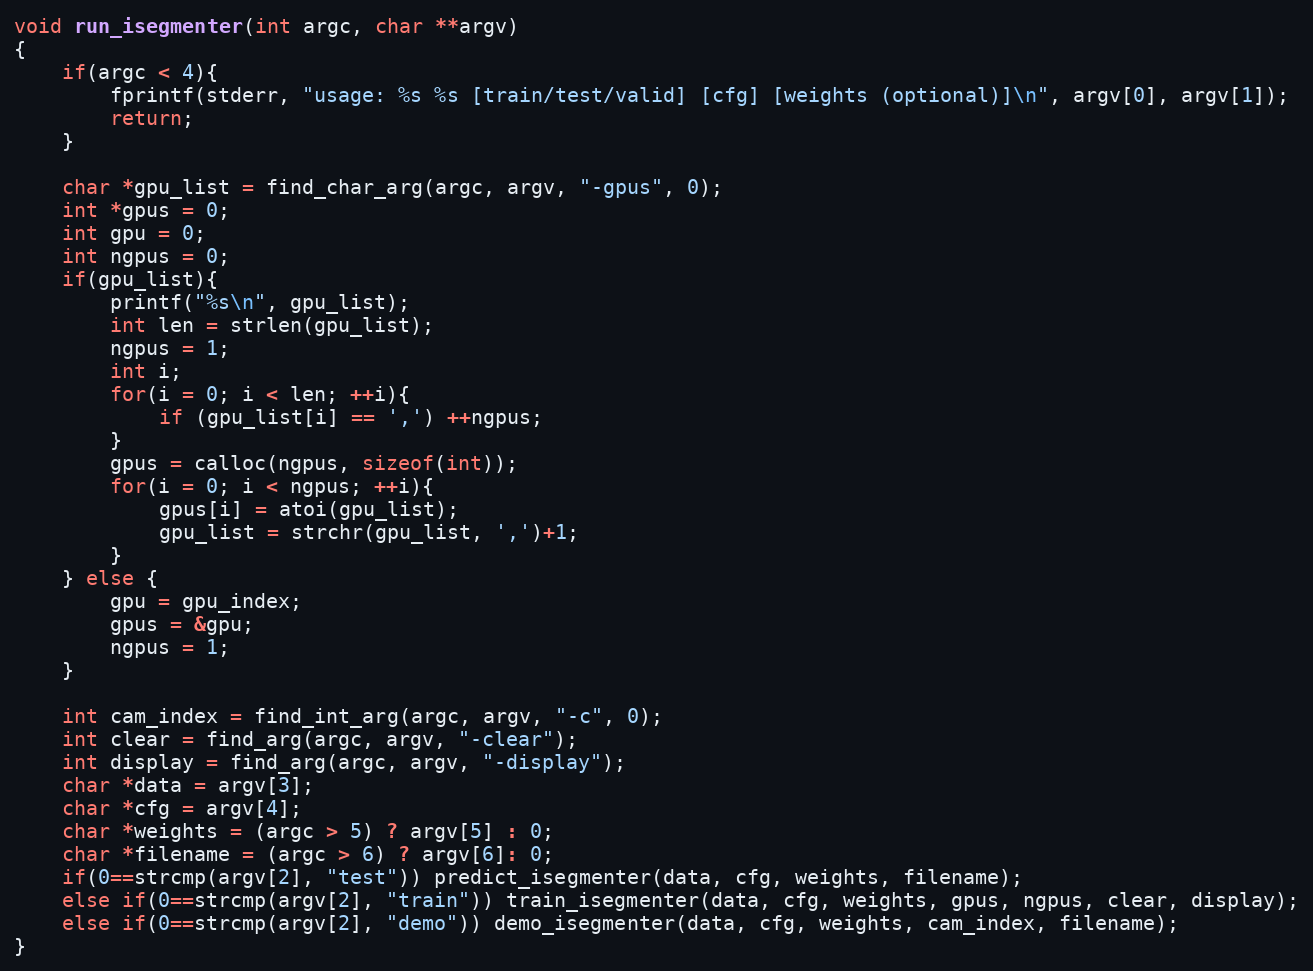
Language: C
void run_isegmenter(int argc, char **argv)
{
    if(argc < 4){
        fprintf(stderr, "usage: %s %s [train/test/valid] [cfg] [weights (optional)]\n", argv[0], argv[1]);
        return;
    }

    char *gpu_list = find_char_arg(argc, argv, "-gpus", 0);
    int *gpus = 0;
    int gpu = 0;
    int ngpus = 0;
    if(gpu_list){
        printf("%s\n", gpu_list);
        int len = strlen(gpu_list);
        ngpus = 1;
        int i;
        for(i = 0; i < len; ++i){
            if (gpu_list[i] == ',') ++ngpus;
        }
        gpus = calloc(ngpus, sizeof(int));
        for(i = 0; i < ngpus; ++i){
            gpus[i] = atoi(gpu_list);
            gpu_list = strchr(gpu_list, ',')+1;
        }
    } else {
        gpu = gpu_index;
        gpus = &gpu;
        ngpus = 1;
    }

    int cam_index = find_int_arg(argc, argv, "-c", 0);
    int clear = find_arg(argc, argv, "-clear");
    int display = find_arg(argc, argv, "-display");
    char *data = argv[3];
    char *cfg = argv[4];
    char *weights = (argc > 5) ? argv[5] : 0;
    char *filename = (argc > 6) ? argv[6]: 0;
    if(0==strcmp(argv[2], "test")) predict_isegmenter(data, cfg, weights, filename);
    else if(0==strcmp(argv[2], "train")) train_isegmenter(data, cfg, weights, gpus, ngpus, clear, display);
    else if(0==strcmp(argv[2], "demo")) demo_isegmenter(data, cfg, weights, cam_index, filename);
}